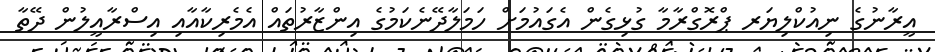
އީރާނުގެ ނިއުކްލިޔަރ ޕްރޮގްރާމާ ގުޅިގެން އެގައުމަށް ހަމަލާދޭނެކަމުގެ އިންޒާރުތައް އެމެރިކާއާއި އިސްރާއީލުން ދޭތާ